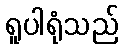
ရူပါရုံသည်